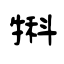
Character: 犐